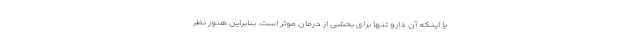
یا اینکه آن دارو تنها برای بخشی از درمان موثر است. بنابراین هنوز نظر